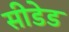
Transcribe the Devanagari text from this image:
सीडेड